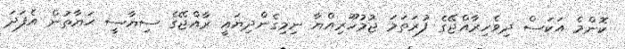
ކޮންމެ އަކަސް ދިވެހިރާއްޖޭގެ ފުރަތަމަ ޖުމުހޫރިއްޔާ ނިމިގެންދިޔައީ ރާއްޖޭގެ ސިޔާސީ ޙަޔާތުން އެފަދަ